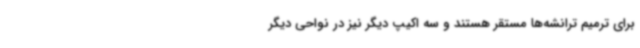
برای ترمیم ترانشه‌ها مستقر هستند و سه اکیپ دیگر نیز در نواحی دیگر